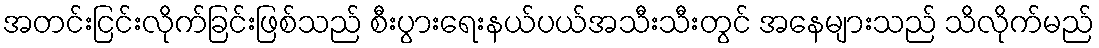
အတင်းငြင်းလိုက်ခြင်းဖြစ်သည် စီးပွားရေးနယ်ပယ်အသီးသီးတွင် အနေများသည် သိလိုက်မည်